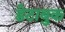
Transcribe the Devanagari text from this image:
डेटाबुक